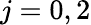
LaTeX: j=0,2